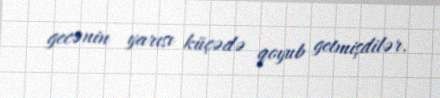
gecənin yarısı küçədə qoyub getmişdilər.